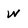
Character: w